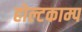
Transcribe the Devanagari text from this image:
होल्टकाम्प